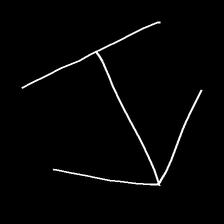
Glyph: levitation